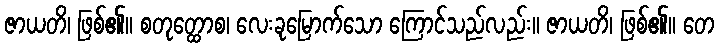
ဇာယတိ၊ ဖြစ်၏။ စတုတ္ထောစ၊ လေးခုမြောက်သော ကြောင်သည်လည်း။ ဇာယတိ၊ ဖြစ်၏။ တေ